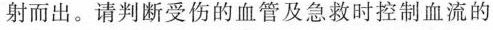
射而出。请判断受伤的血管及急救时控制血流的